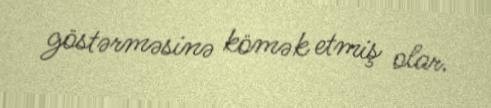
göstərməsinə kömək etmiş olar.